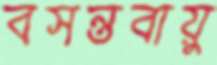
বসন্তবায়ু